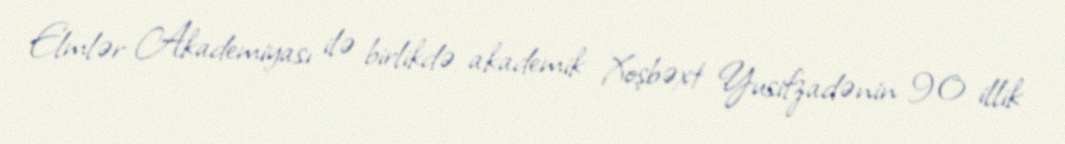
Elmlər Akademiyası ilə birlikdə akademik Xoşbəxt Yusifzadənin 90 illik